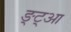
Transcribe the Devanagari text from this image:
ङ्ट्आ